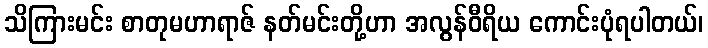
သိကြားမင်း စာတုမဟာရာဇ် နတ်မင်းတို့ဟာ အလွန်ဝီရိယ ကောင်းပုံရပါတယ်၊